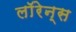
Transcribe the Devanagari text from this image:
लाॅरेन्स